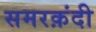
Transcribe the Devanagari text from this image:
समरक़ंदी